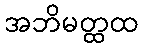
အဘိမတ္ထထ